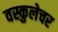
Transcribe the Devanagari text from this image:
वस्कुलेचर